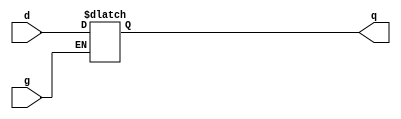
// //////////////////////////////////////////////////////////////////////
// Comment :  Verilog Design                                          ///
// Version :  V1.0                                                    ///
// Program :  Examples (Latch)                                     ///
/////////////////////////////////////////////////////////////////////////


//Following is the Verilog code for a latch with a positive gate.
module PLatch (g,d,q);

input  g,d;
output q;
reg    q;

always @(g or d) begin

  if (g)
     q <= d;
end

endmodule


//Following is the Verilog code for a latch with a positive gate and an asynchronous clear.
module PLatchC (g,d,clr,q);

input  g,d,clr;
output q;
reg    q;

always @(g or d) begin

  if (clr)
     q <= 1'b0;
  else
     q <= d;
end

endmodule


//Following is Verilog code for a 4-bit latch with an inverted gate and an asynchronous preset.
module InvLatchPS (g,d,pre,q);

input        g,pre;
input  [3:0] d;
output [3:0] q;
reg    [3:0] q;

always @(q or d or pre) begin

  if (pre)
     q <= 4'b1111;
  else if (~g)
     q <= d;
end 

endmodule